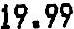
19.99